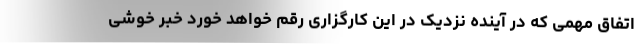
اتفاق مهمی که در آینده نزدیک در این کارگزاری رقم خواهد خورد خبر خوشی